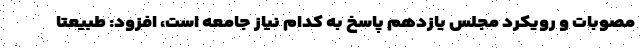
مصوبات و رویکرد مجلس یازدهم پاسخ به کدام نیاز جامعه است، افزود: طبیعتا